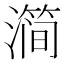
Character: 𰝗